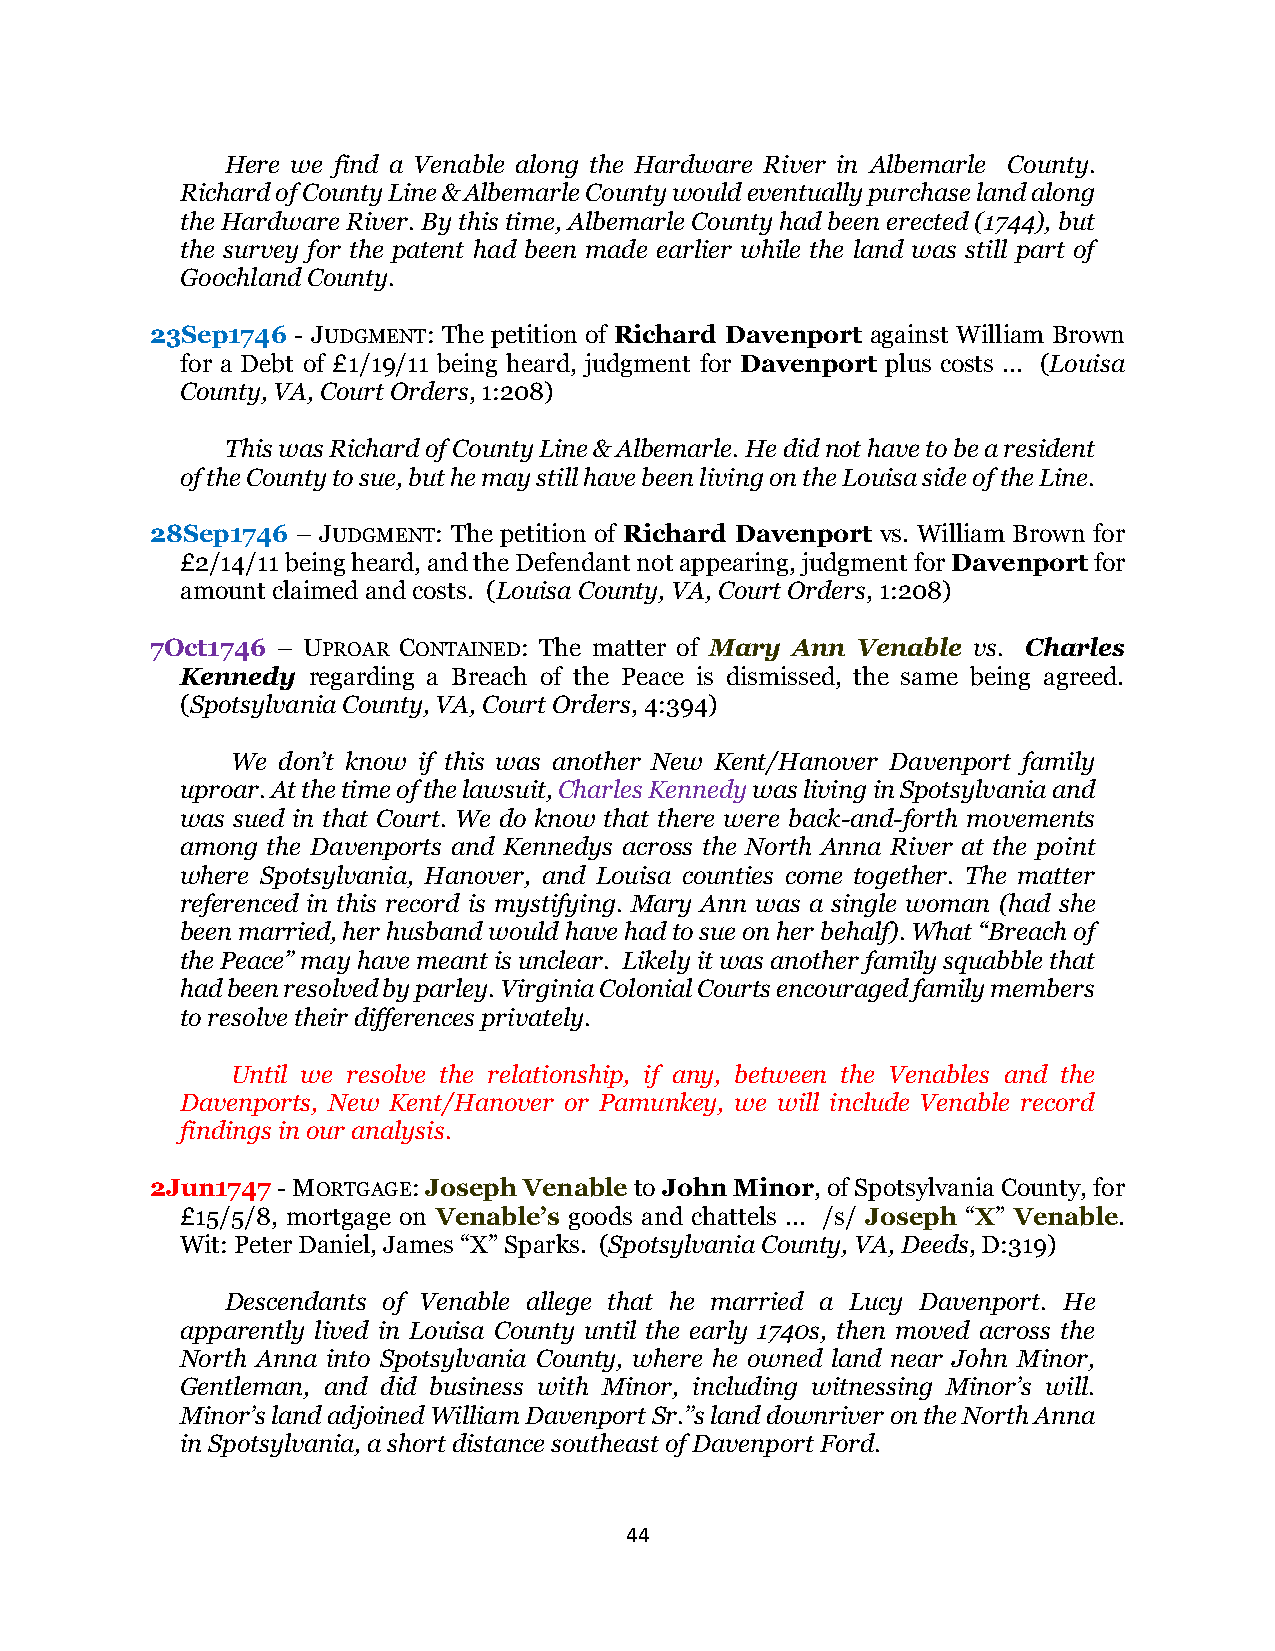
Here we find a Venable along the Hardware River in Albemarle County.
 Richard of County Line & Albemarle County would eventually purchase land along
 the Hardware River. By this time, Albemarle County had been erected (1744), but
 the survey for the patent had been made earlier while the land was still part of
 Goochland County.
 23Sep1746 - JUDGMENT: The petition of Richard Davenport against William Brown
 for a Debt of £1/19/11 being heard, judgment for Davenport plus costs ... (Louisa
 County, VA, Court Orders, 1:208)
 This was Richard of County Line & Albemarle. He did not have to be a resident
 of the County to sue, but he may still have been living on the Louisa side of the Line.
 28Sep1746 – JUDGMENT: The petition of Richard Davenport vs. William Brown for
 £2/14/11 being heard, and the Defendant not appearing, judgment for Davenport for
 amount claimed and costs. (Louisa County, VA, Court Orders, 1:208)
 7Oct1746 – UPROAR CONTAINED: The matter of Mary Ann Venable vs. Charles
 Kennedy regarding a Breach of the Peace is dismissed, the same being agreed.
 (Spotsylvania County, VA, Court Orders, 4:394)
 We don’t know if this was another New Kent/Hanover Davenport family
 uproar. At the time of the lawsuit, Charles Kennedy was living in Spotsylvania and
 was sued in that Court. We do know that there were back-and-forth movements
 among the Davenports and Kennedys across the North Anna River at the point
 where Spotsylvania, Hanover, and Louisa counties come together. The matter
 referenced in this record is mystifying. Mary Ann was a single woman (had she
 been married, her husband would have had to sue on her behalf). What “Breach of
 the Peace” may have meant is unclear. Likely it was another family squabble that
 had been resolved by parley. Virginia Colonial Courts encouraged family members
 to resolve their differences privately.
 Until we resolve the relationship, if any, between the Venables and the
 Davenports, New Kent/Hanover or Pamunkey, we will include Venable record
 findings in our analysis.
 2Jun1747 - MORTGAGE: Joseph Venable to John Minor, of Spotsylvania County, for
 £15/5/8, mortgage on Venable’s goods and chattels ... /s/ Joseph “X” Venable.
 Wit: Peter Daniel, James “X” Sparks. (Spotsylvania County, VA, Deeds, D:319)
 Descendants of Venable allege that he married a Lucy Davenport. He
 apparently lived in Louisa County until the early 1740s, then moved across the
 North Anna into Spotsylvania County, where he owned land near John Minor,
 Gentleman, and did business with Minor, including witnessing Minor’s will.
 Minor’s land adjoined William Davenport Sr.’’s land downriver on the North Anna
 in Spotsylvania, a short distance southeast of Davenport Ford.
 44